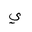
Letter: _ya